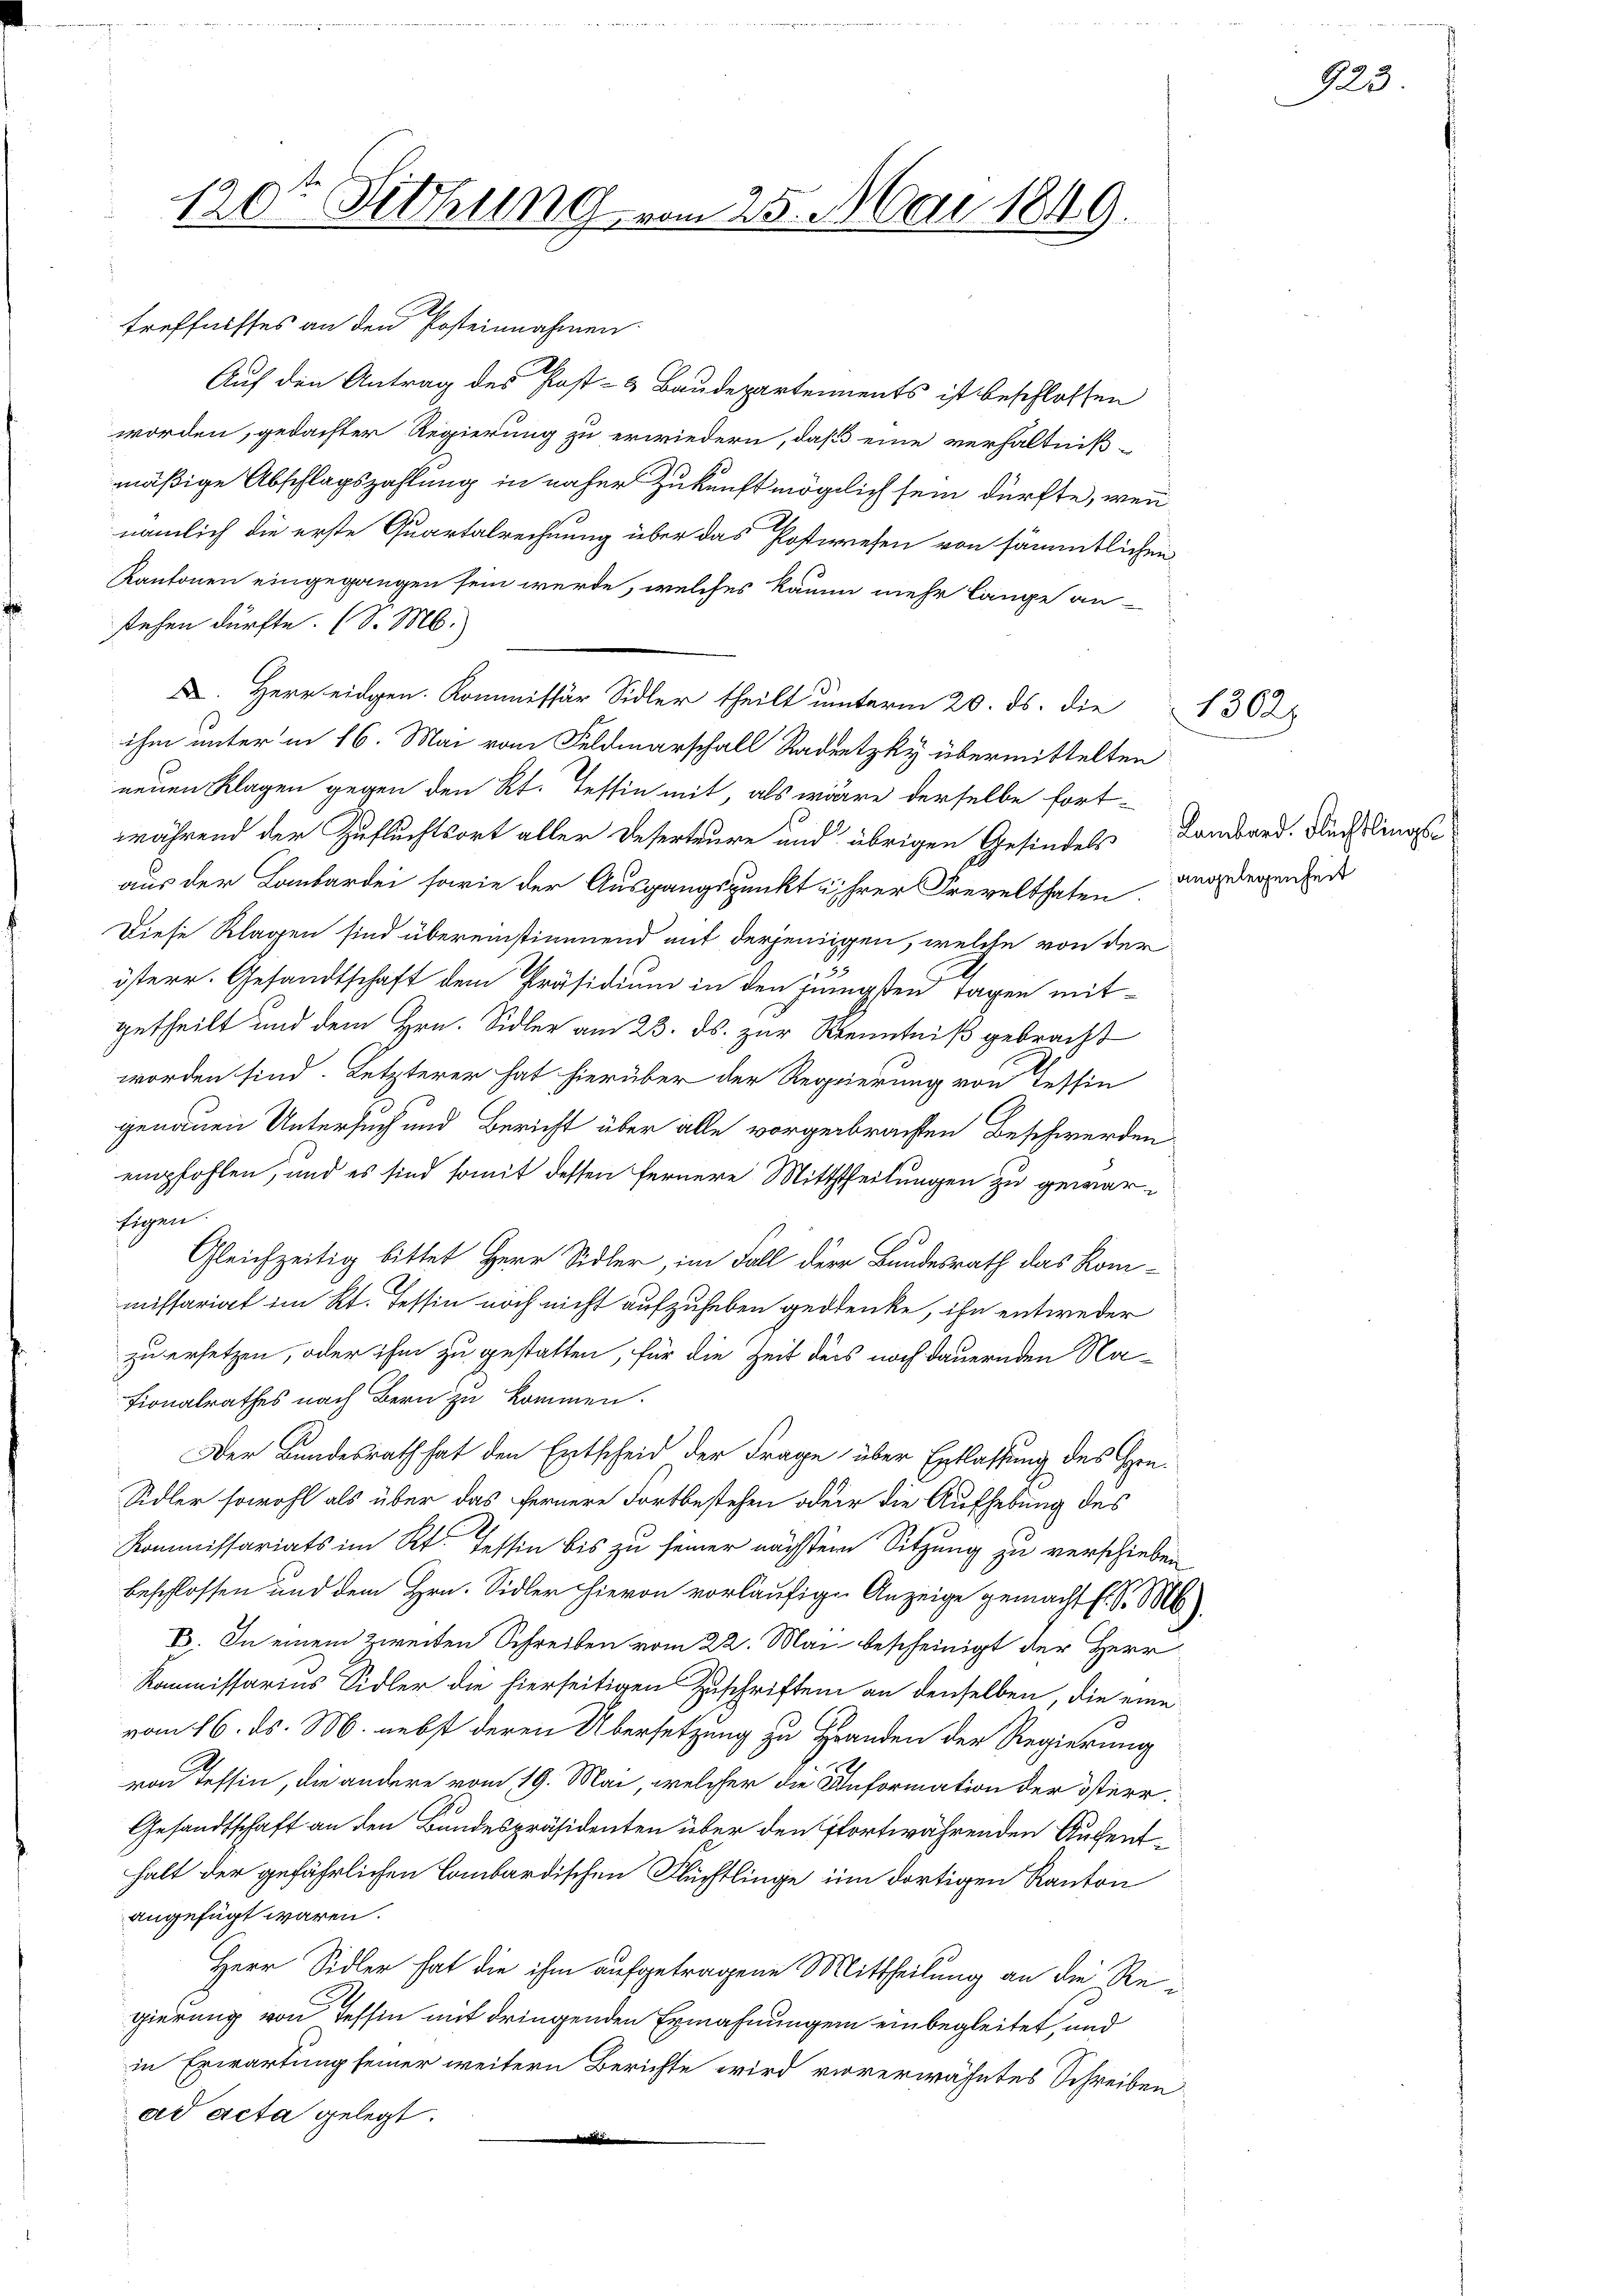
120te Sitzung vom 25. Mai 1849.

treffnisses an den Posteinnahmen
Auf den Antrag des Post- & Baudepartements ist beschlossen
worden, gedachter Regierung zu erwiedern, daß eine verhältniß-
mäßige Abschlagszahlung in näher Zukunft möglich sein dürfte, wenn
nämlich die erste Quartalrechnung über das Postwesen von sämmtlichen
Kantonen eingegangen sein werde, welches kaum mehr lange an-
stehen dürfte. (S. M.
X. Herr eidgen. Kommissär Sidler theilt unterm 20. ds. die 1302
ihm unter in 16. Mai vom Feldmarschall Radeetzky übermittelten
neuen Klagen gegen den Kt. Tessin mit, als wäre derselbe fort-
während der Zufluchtsort aller Deserteure und übrigen Gesindels Lombard. Auch lings
aus der Lombardei sowie der Ausgangspunkt u ihrer Frevelthaten Angelegenheit
Diese Klagen sind übereinstimmend mit derjenigen, welche von der
.
österr. Gesandtschaft dem Präsidium in den jüngsten Tagen mitgetheilt und dem Hrn. Sidler am 23. ds. zur Kenntniß gebracht
worden sind. Letzterer hat hierüber der Regierung von Tessin
genauen Untersuch und Bericht über alle vorgerbrachten Beschwerden
empfohlen, und es sind somit dessen fernere Mittheilungen zu gewär¬
Eigen.
Gleichzeitig bittet Herr Sidler, im Fall der Bundesrath das Kommissariat im Kt. Tessin noch nicht aufzuheben gedenke, ihn entweder
zu ersetzen, oder ihm zu gestatten, für die Zeit ders noch dauernden Na-
Fionalrathes nach Bern zu kommen.
Der Bundesrath hat den Entscheid der Frage über Entlassung des Gen¬
Sidler sowohl als über das fernere Fortbestehen oder die Aufhebung des
Kommissariats im Kt. Tessin bis zu seiner nächsten Sitzung zu verschieben
beschlossen und dem Hrn. Sidler hievon vorläufige Anzeige gemacht s. S. 16
B. In einem zweiten Schreiben vom 22. Mai bescheinigt der Herr
Kommissarius Sidler die hierseitigen Zuschriften an denselben, die eine
vom 16. ds. M. nebst deren Übersetzung zu Handen der Regierung
von Tessin, die andere vom 19. Mai, welcher die Information der österr.
Gesandtschaft an den Bundespräsidenten über den Pfortwährenden Aufenthalt der gefährlichen Lombardischen Flüchtlinge im dortigen Kanton
angefügt waren.
Herr Sidler hat die ihm aufgetragene Mittheilung an die Rei
gierung von Tessin mit dringenden Ermahnungen einbegleitet, und
in Erwartung seiner weitern Berichte wird vorerwähntes Schreiben
ad acta gelegt.
n

9

923.